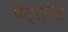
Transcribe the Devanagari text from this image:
पेट्रोनेट